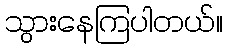
သွားနေကြပါတယ်။